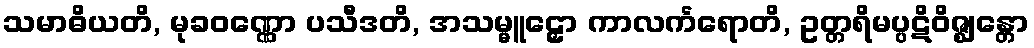
သမာဓိယတိ, မုခဝဏ္ဏော ပသီဒတိ, အသမ္မူဠှော ကာလင်္ကရောတိ, ဥတ္တရိမပ္ပဋိဝိဇ္ဈန္တော